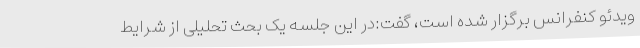
ویدئو کنفرانس برگزار شده است، گفت:در این جلسه یک بحث تحلیلی از شرایط